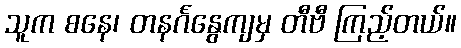
သူက စနေ၊ တနင်္ဂနွေကျမှ တီဗီ ကြည့်တယ်။